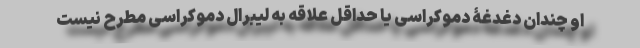
او چندان دغدغۀ دموکراسی یا حداقل علاقه به لیبرال دموکراسی مطرح نیست